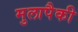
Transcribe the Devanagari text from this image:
मुलापैकी